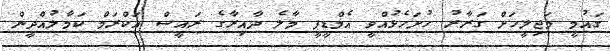
ގައުމީ މަޖިލީހަށް ގަރާރު ހުށަހެޅުއްވީ އެމްޑީޕީ މާލެ ދާއިރާގެ ރައީސް އަކްރަމް ކަމާލުއްދީން